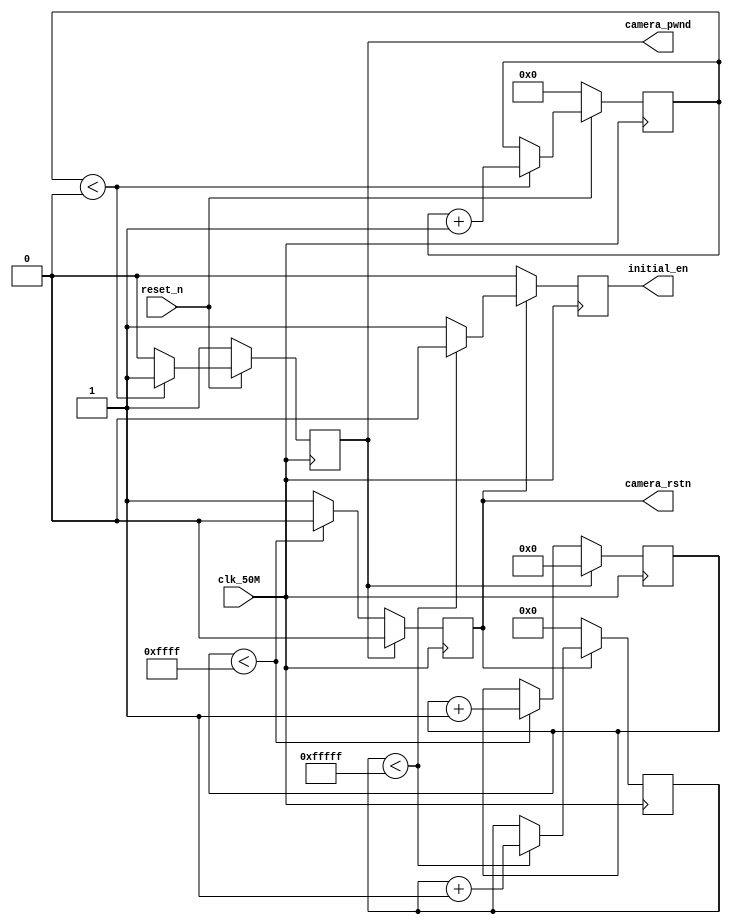
module power_on_delay(clk_50M,reset_n,camera_rstn,camera_pwnd,initial_en);                  
input clk_50M;
input reset_n;
output camera_rstn;
output camera_pwnd;
output initial_en;
reg [18:0]cnt1;
reg [15:0]cnt2;
reg [19:0]cnt3;
reg initial_en;
reg camera_rstn_reg;
reg camera_pwnd_reg;

assign camera_rstn=camera_rstn_reg;
assign camera_pwnd=camera_pwnd_reg;

//5ms, 传感器电源上拉到Pwdn下拉的延迟
always@(posedge clk_50M)
begin
  if(reset_n==1'b0) begin
	    cnt1<=0;
		 camera_pwnd_reg<=1'b1;  
  end
  else if(cnt1<18'h40000) begin
       cnt1<=cnt1+1'b1;
       camera_pwnd_reg<=1'b1;
  end
  else
     camera_pwnd_reg<=1'b0;         
end

//1.3ms, delay from pwdn low to resetb pull up
always@(posedge clk_50M)
begin
  if(camera_pwnd_reg==1)  begin
	    cnt2<=0;
		 camera_rstn_reg<=1'b0;  
  end
  else if(cnt2<16'hffff) begin
       cnt2<=cnt2+1'b1;
       camera_rstn_reg<=1'b0;
  end
  else
     camera_rstn_reg<=1'b1;         
end

//21ms, cmos的上电时序
always@(posedge clk_50M)
begin
  if(camera_rstn_reg==0) begin
         cnt3<=0;
         initial_en<=1'b0;
  end
  else if(cnt3<20'hfffff) begin
        cnt3<=cnt3+1'b1;
        initial_en<=1'b0;
  end
  else
       initial_en<=1'b1;    
end

endmodule